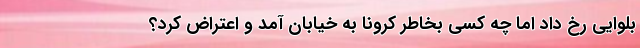
بلوایی رخ داد اما چه کسی بخاطر کرونا به خیابان آمد و اعتراض کرد؟